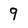
Character: 9